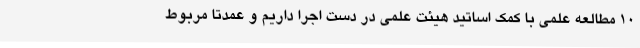
10 مطالعه علمی با کمک اساتید هیئت علمی در دست اجرا داریم و عمدتا مربوط